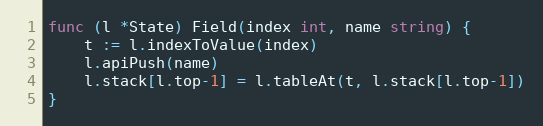
Language: Go
func (l *State) Field(index int, name string) {
	t := l.indexToValue(index)
	l.apiPush(name)
	l.stack[l.top-1] = l.tableAt(t, l.stack[l.top-1])
}